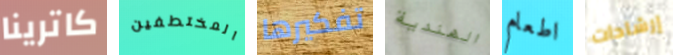
كاترينا المختطفين تفكيرها الهندية اطعام إرشادات